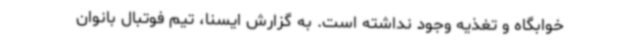
خوابگاه و تغذیه وجود نداشته است. به گزارش ایسنا، تیم فوتبال بانوان